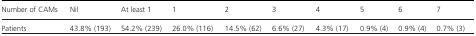
<table><thead><tr><td><b>Number of CAMs</b></td><td><b>Nil</b></td><td><b>At least 1</b></td><td><b>1</b></td><td><b>2</b></td><td><b>3</b></td><td><b>4</b></td><td><b>5</b></td><td><b>6</b></td><td><b>7</b></td></tr></thead><tbody><tr><td>Patients</td><td>43.8% (193)</td><td>54.2% (239)</td><td>26.0% (116)</td><td>14.5% (62)</td><td>6.6% (27)</td><td>4.3% (17)</td><td>0.9% (4)</td><td>0.9% (4)</td><td>0.7% (3)</td></tr></tbody></table>